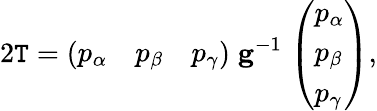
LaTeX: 2\mathtt{T}={\left(\begin{array}{lll}{p_{\alpha}}&{p_{\beta}}&{p_{\gamma}}\end{array}\right)}\; \mathbf{{g}}^{-1}\; {\left(\begin{array}{l}{p_{\alpha}}\\ {p_{\beta}}\\ {p_{\gamma}}\end{array}\right)},